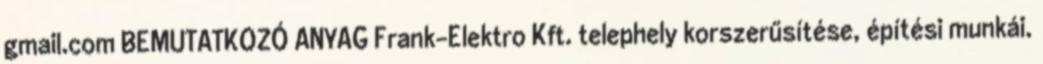
gmail.com BEMUTATKOZÓ ANYAG Frank-Elektro Kft. telephely korszerűsítése, építési munkái.